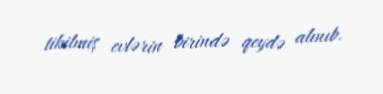
tikilmiş evlərin birində qeydə alınıb.